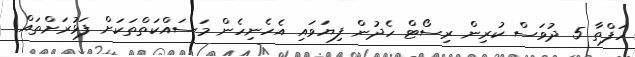
ހަފްތާ 5 ދުވަސް ކުރިން ރިސޯޓް ހެދުން ފިޔަވައި އެހެނިހެން މަސައްކަތްތަކަށް ފަޅުރަށްތައް